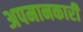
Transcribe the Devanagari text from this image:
अपमानकारी